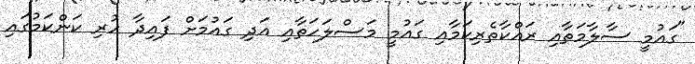
"ގައުމީ ސާލާމަތާއި ރައްކާތެރިކަމާއި ގައުމީ މަސްލަހަތާއި އަދި ގައުމަށް ފައިދާ ހުރި ކަންކަމުގައި